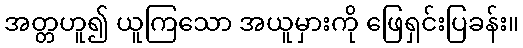
အတ္တဟူ၍ ယူကြသော အယူမှားကို ဖြေရှင်းပြခန်း။